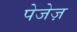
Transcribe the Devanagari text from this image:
पेजेज़